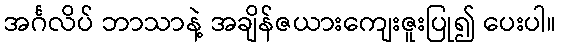
အင်္ဂလိပ် ဘာသာနဲ့ အချိန်ဇယားကျေးဇူးပြု၍ ပေးပါ။